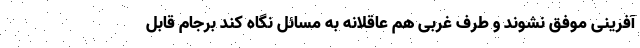
آفرینی موفق نشوند و طرف غربی هم عاقلانه به مسائل نگاه کند برجام قابل